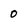
Character: 0